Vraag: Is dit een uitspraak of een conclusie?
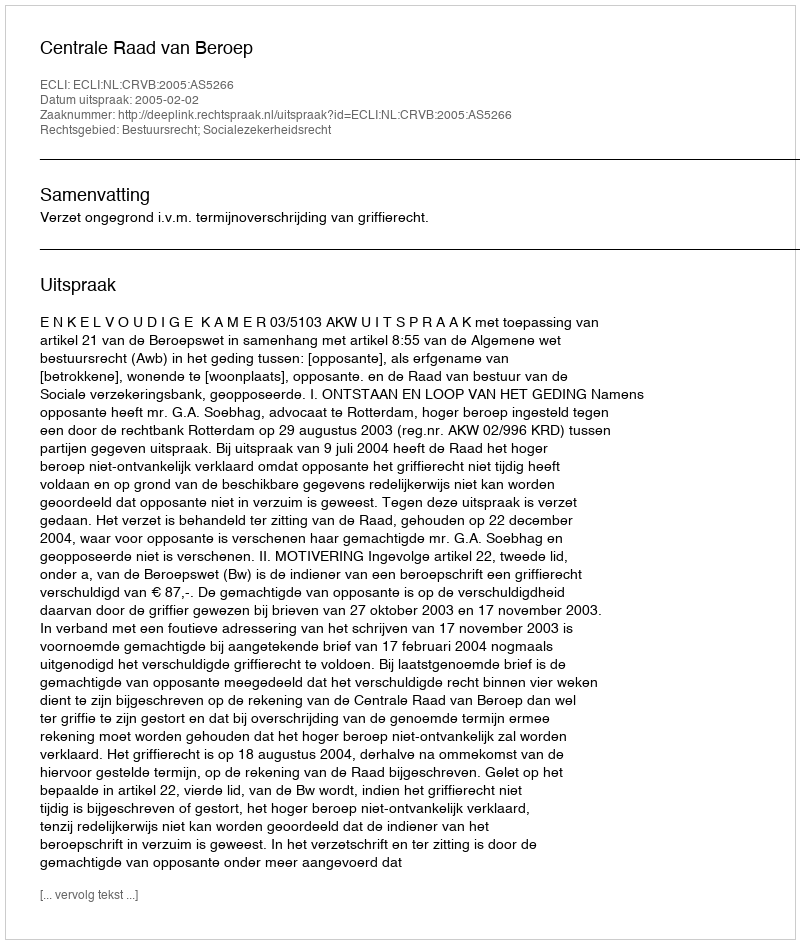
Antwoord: Uitspraak